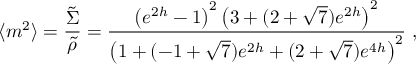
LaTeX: \langle m ^ { 2 } \rangle = { \frac { \tilde { \Sigma } } { \tilde { \rho } } } = { \frac { \left( e ^ { 2 h } - 1 \right) ^ { 2 } \left( 3 + ( 2 + \sqrt { 7 } ) e ^ { 2 h } \right) ^ { 2 } } { \left( 1 + ( - 1 + \sqrt { 7 } ) e ^ { 2 h } + ( 2 + \sqrt { 7 } ) e ^ { 4 h } \right) ^ { 2 } } } \ ,